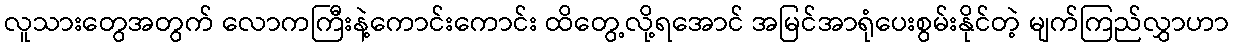
လူသားတွေအတွက် လောကကြီးနဲ့ကောင်းကောင်း ထိတွေ့လို့ရအောင် အမြင်အာရုံပေးစွမ်းနိုင်တဲ့ မျက်ကြည်လွှာဟာ